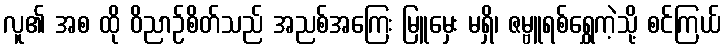
လူ၏ အစ ထို ဝိညာဉ်စိတ်သည် အညစ်အကြေး မြူမှေး မရှိ၊ ဇမ္ဗူရစ်ရွှေကဲ့သို့ စင်ကြယ်